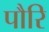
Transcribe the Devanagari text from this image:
पौरि